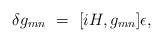
LaTeX: \begin{align*}\delta g_{mn} ~=~[iH,g_{mn}]\epsilon,\end{align*}